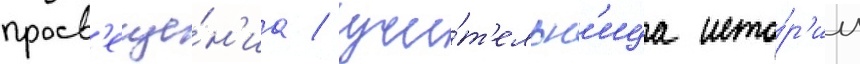
просв'еще́н'иа / учи́т'ельн'ица исто́р'ии